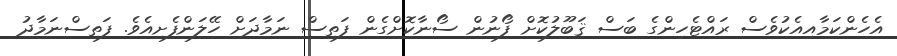
އެހެންކަމާއިއެކުވެސް ރައްޓެހިންގެ ބަސް ޤަބޫލުކޮށް ފޯނުން ސޯނާކޮށްގެން ފަތިސް ނަމާދަށް ހޭލަންފެށިއެވެ. ފަތިސްނަމާދު